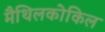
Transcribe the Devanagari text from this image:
मैथिलकोकिल